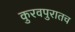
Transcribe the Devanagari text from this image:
कुरवपुरातच